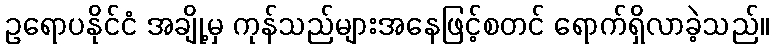
ဥရောပနိုင်ငံ အချို့မှ ကုန်သည်များအနေဖြင့်စတင် ရောက်ရှိလာခဲ့သည်။